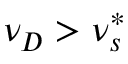
\nu _ { D } > \nu _ { s } ^ { * }